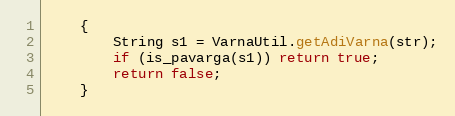
Language: Java
    {
        String s1 = VarnaUtil.getAdiVarna(str);
        if (is_pavarga(s1)) return true;
        return false;
    }